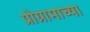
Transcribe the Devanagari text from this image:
प्रोग्रामाच्या